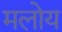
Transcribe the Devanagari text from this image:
मलोय